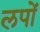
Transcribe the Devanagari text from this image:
लपों